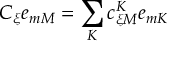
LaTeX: C _ { \xi } e _ { m M } = \sum _ { K } c _ { \xi M } ^ { K } e _ { m K }